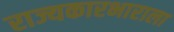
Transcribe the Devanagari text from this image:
राज्यकारभाराला